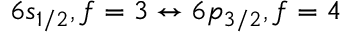
6 s _ { 1 / 2 } , f = 3 \leftrightarrow 6 p _ { 3 / 2 } , f = 4